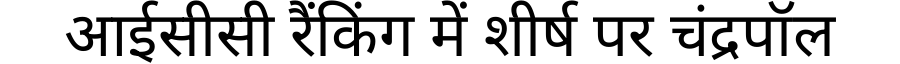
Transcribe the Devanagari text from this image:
आईसीसी रैंकिंग में शीर्ष पर चंद्रपॉल